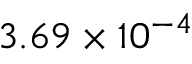
3 . 6 9 \times 1 0 ^ { - 4 }